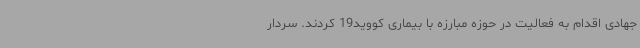
جهادی اقدام به فعالیت در حوزه مبارزه با بیماری کووید19 کردند. سردار